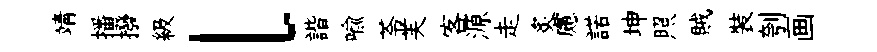
靖播撥級l諧喻苓芙客源走炙慮諾坤照賊裝刳画